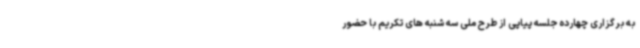
به برگزاری چهارده جلسه پیاپی از طرح ملی سه شنبه های تکریم با حضور